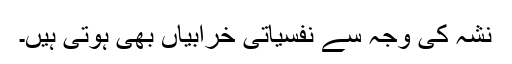
نشہ کی وجہ سے نفسیاتی خرابیاں بھی ہوتی ہیں۔